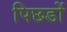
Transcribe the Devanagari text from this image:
पिछडों